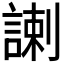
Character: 𧩲